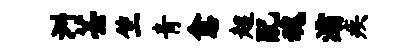
洲芸竺青愈超配魂灞疾